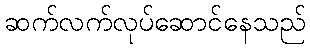
ဆက်လက်လုပ်ဆောင်နေသည်